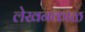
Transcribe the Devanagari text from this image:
लेखनकाळ